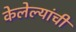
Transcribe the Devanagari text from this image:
केलेल्यांची